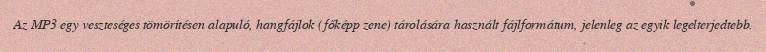
Az MP3 egy veszteséges tömörítésen alapuló, hangfájlok (főképp zene) tárolására használt fájlformátum, jelenleg az egyik legelterjedtebb.